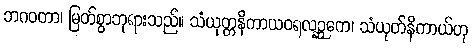
ဘဂဝတာ၊ မြတ်စွာဘုရားသည်။ သံယုတ္တနိကာယဝရလဉ္ဆကေ၊ သံယုတ်နိကာယ်ဟု